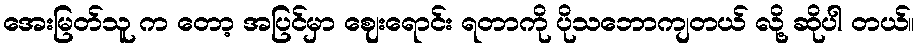
အေးမြတ်သူ က တော့ အပြင်မှာ ဈေးရောင်း ရတာကို ပိုသဘောကျတယ် လို့ ဆိုပါ တယ်။